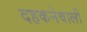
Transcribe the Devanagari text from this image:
दहकनेवाली